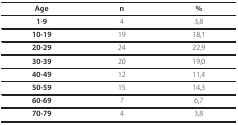
<table><thead><tr><td><b>Age</b></td><td><b>n</b></td><td><b>%</b></td></tr></thead><tbody><tr><td><b>1-9</b></td><td>4</td><td>3,8</td></tr><tr><td><b>10-19</b></td><td>19</td><td>18,1</td></tr><tr><td><b>20-29</b></td><td>24</td><td>22,9</td></tr><tr><td><b>30-39</b></td><td>20</td><td>19,0</td></tr><tr><td><b>40-49</b></td><td>12</td><td>11,4</td></tr><tr><td><b>50-59</b></td><td>15</td><td>14,3</td></tr><tr><td><b>60-69</b></td><td>7</td><td>6,7</td></tr><tr><td><b>70-79</b></td><td>4</td><td>3,8</td></tr></tbody></table>